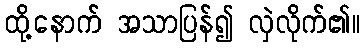
ထို့နောက် အသာပြန်၍ လှဲလိုက်၏။